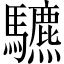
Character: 䮽